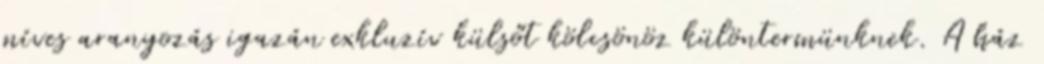
míves aranyozás igazán exkluzív külsőt kölcsönöz különtermünknek. A ház